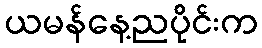
ယမန်နေ့ညပိုင်းက